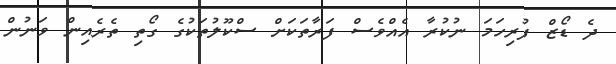
ދެ ޑޯޒް ފުރިހަމަ ނުކުރާ އެއްވެސް ފަރާތަކަށް ސްކޫލުތަކުގެ ގޯތި ތެރެއިން ވަނުން